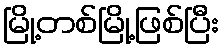
မြို့တစ်မြို့ဖြစ်ပြီး